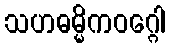
သဟဓမ္မိကဝဂ္ဂေါ